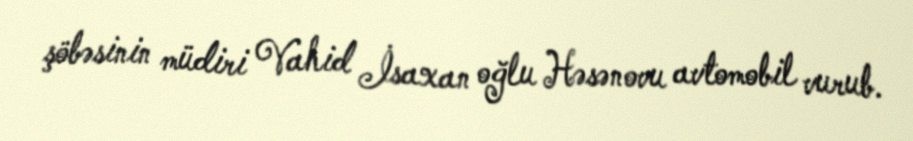
şöbəsinin müdiri Vahid İsaxan oğlu Həsənovu avtomobil vurub.